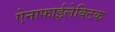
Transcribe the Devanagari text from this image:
ऐनाफाईलेक्टिक